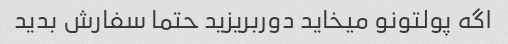
اگه پولتونو میخاید دور‌بریزید حتما سفارش بدید